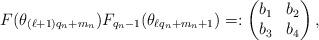
LaTeX: \begin{align*}F(\theta_{(\ell+1)q_n+m_n})F_{q_n-1}(\theta_{\ell q_n+m_n+1})=:\left(\begin{matrix}b_1 &b_2\\b_3 & b_4\end{matrix}\right),\end{align*}